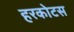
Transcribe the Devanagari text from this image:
हरकोटस